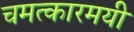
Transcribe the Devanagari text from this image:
चमत्कारमयी